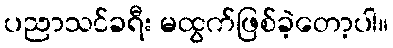
ပညာသင်ခရီး မထွက်ဖြစ်ခဲ့တော့ပါ။